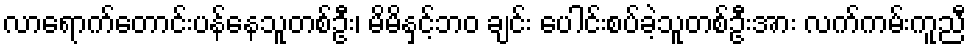
လာရောက်တောင်းပန်နေသူတစ်ဦး၊ မိမိနှင့်ဘဝ ချင်း ပေါင်းစပ်ခဲ့သူတစ်ဦးအား လက်ကမ်းကူညီ